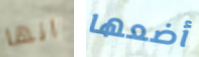
انها أضعها